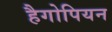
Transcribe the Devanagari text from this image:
हैगोपियन